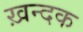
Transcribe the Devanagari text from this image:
ख़न्दक